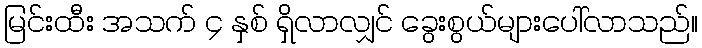
မြင်းထီး အသက် ၄ နှစ် ရှိလာလျှင် ခွေးစွယ်များပေါ်လာသည်။